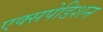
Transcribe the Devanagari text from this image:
एक्सपेडिशन